Annual report of the Central Committee of the Association together with the report of the directors of the Pasteur Institute at Kasauli
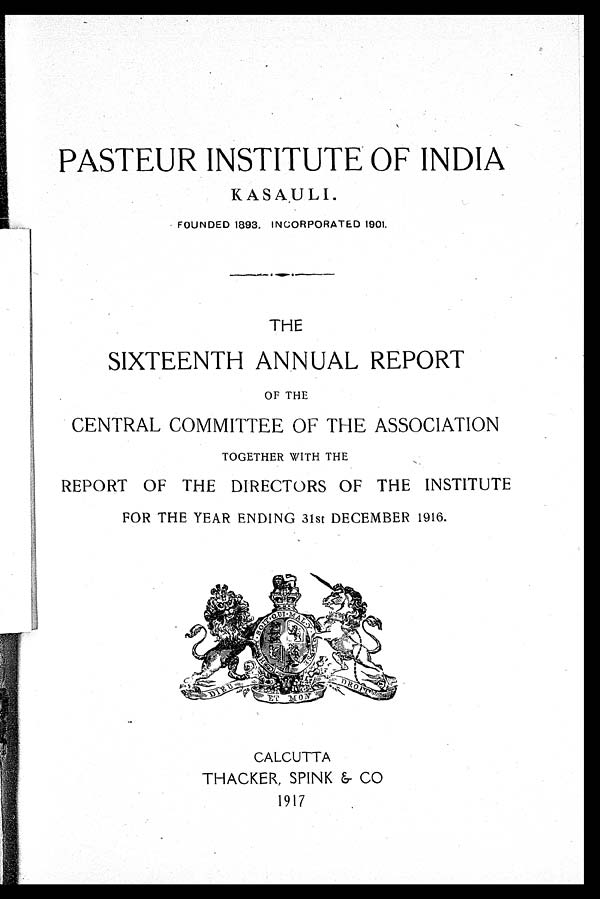
PASTEUR INSTITUTE OF INDIA
KASAULI.
FOUNDED 1893. INCORPORATED 1901.
THE
SIXTEENTH ANNUAL REPORT
OF THE
CENTRAL COMMITTEE OF THE ASSOCIATION
TOGETHER WITH THE
REPORT OF THE DIRECTORS OF THE INSTITUTE
FOR THE YEAR ENDING 31st DECEMBER 1916.
CALCUTTA
THACKER, SPINK & CO
1917